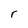
Character: r